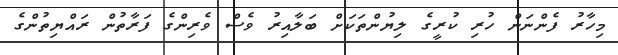
މިހާރު ފެންނަން ހުރި ކުރީގެ ލިޔުންތަކަށް ބަލާއިރު ވެސް ވެރިންގެ ފަރާތުން ރައްޔިތުންގެ